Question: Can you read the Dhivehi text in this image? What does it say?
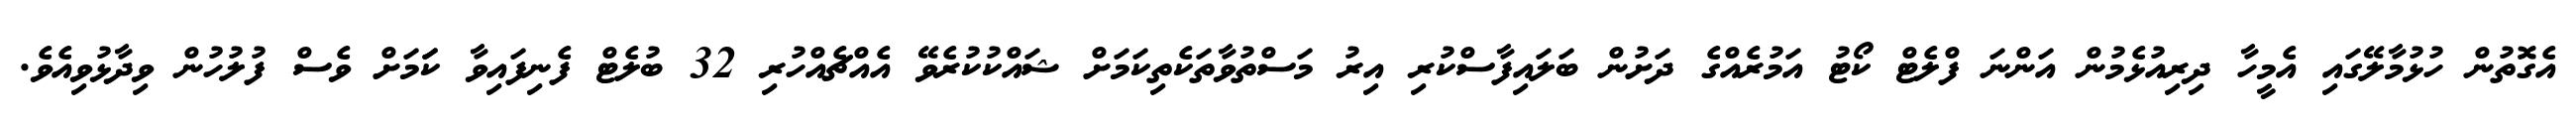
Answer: އެގޮތުން ހުޅުމާލޭގައި އެމީހާ ދިރިއުޅެމުން އަންނަ ފްލެޓް ކޯޓު އަމުރެއްގެ ދަށުން ބަލައިފާސްކުރި އިރު މަސްތުވާތަކެތިކަމަށް ޝައްކުކުރެވޭ އެއްޗެއްހުރި 32 ބުލެޓް ފެނިފައިވާ ކަަމަށް ވެސް ފުލުހުން ވިދާޅުވިއެވެ.